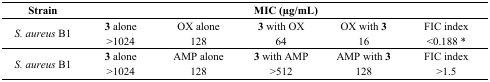
| Strain | <COLSPAN=5> MIC (μg/mL) |
 | --- | --- | --- | --- | --- | --- |
 | <ROWSPAN=2> S. aureus B1 | 3 alone | OX alone | 3 with OX | OX with 3 | FIC index |
 | ˃1024 | 128 | 64 | 16 | ˂0.188 * |
 | <ROWSPAN=2> S. aureus B1 | 3 alone | AMP alone | 3 with AMP | AMP with 3 | FIC index |
 | ˃1024 | 128 | ˃512 | 128 | ˃1.5 |